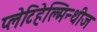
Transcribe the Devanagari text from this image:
प्लेटिहेल्मिन्थीज